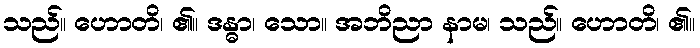
သည်။ ဟောတိ၊ ၏။ ဒန္ဓာ၊ သော။ အဘိညာ နာမ၊ သည်။ ဟောတိ၊ ၏။